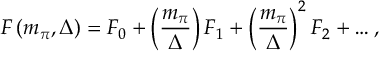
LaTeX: F \left( m _ { \pi } , \Delta \right) = F _ { 0 } + \left( { \frac { m _ { \pi } } { \Delta } } \right) F _ { 1 } + \left( { \frac { m _ { \pi } } { \Delta } } \right) ^ { 2 } F _ { 2 } + \ldots ,